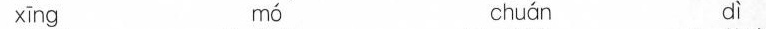
xīng mó chuán dì